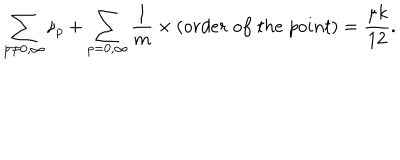
\sum _ { p \neq 0 , \infty } { \nu _ { p } } + \sum _ { p = 0 , \infty } \frac { 1 } { m } \times ( o r d e r \; o f \; t h e \; p o i n t ) = \frac { \mu k } { 1 2 } .